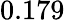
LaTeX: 0.179